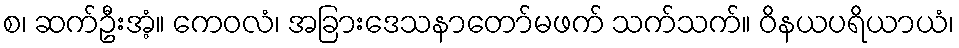
စ၊ ဆက်ဦးအံ့။ ကေဝလံ၊ အခြားဒေသနာတော်မဖက် သက်သက်။ ဝိနယပရိယာယံ၊